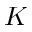
K